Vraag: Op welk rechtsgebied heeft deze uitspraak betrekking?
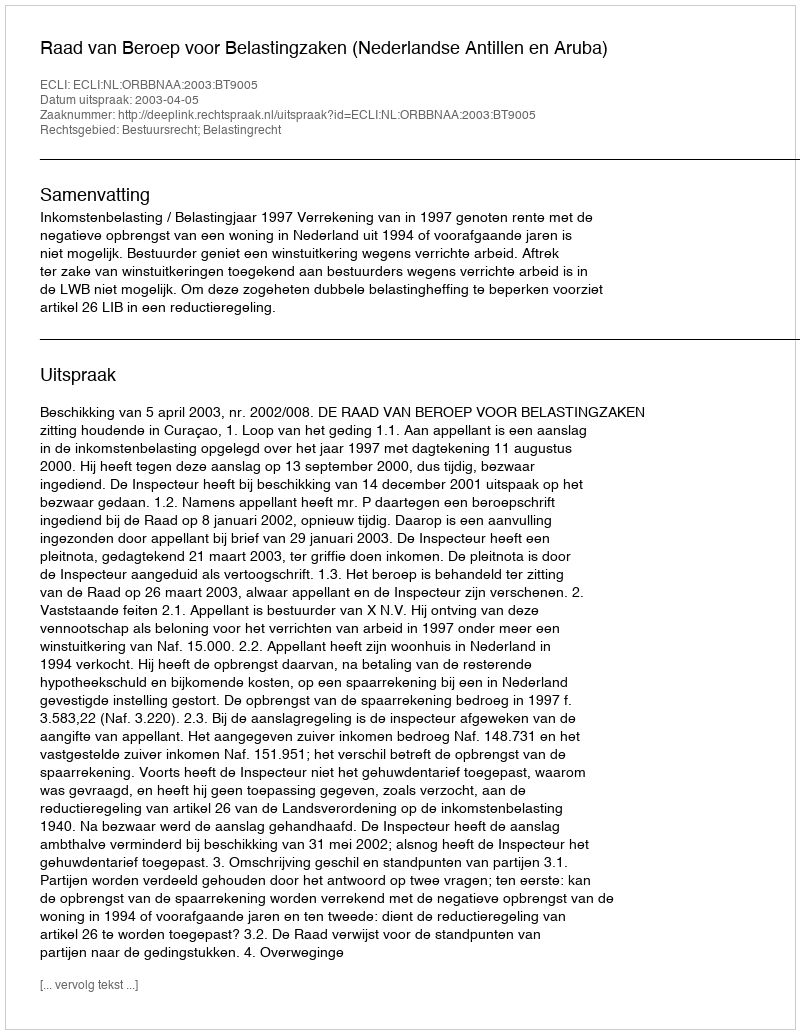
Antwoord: Bestuursrecht; Belastingrecht